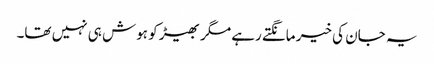
یہ جان کی خیر مانگتے رہے مگر بھیڑ کو ہوش ہی نہیں تھا۔